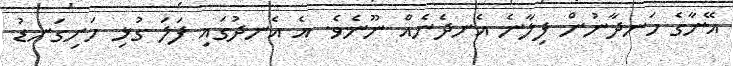
އޭނާގެ ހަނދާނުން ފިލާނެ އެނދެނެއް ނޫނެވެ. އެ އެނދުގައި ފަލަ ގުޅި ހަށިގަނޑު